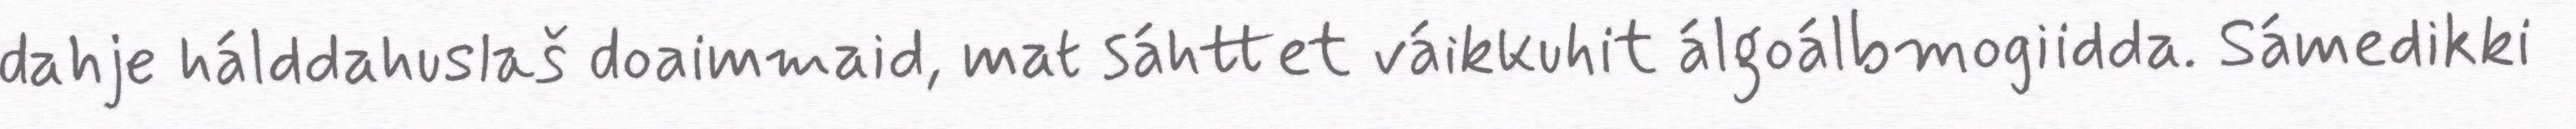
dahje hálddahuslaš doaimmaid, mat sáhttet váikkuhit álgoálbmogiidda. Sámedikki